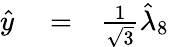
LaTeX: \begin{array}{rlr}{\hat{y}}&{{}=}&{\frac{1}{\sqrt{3}}\hat{\lambda}_{8}}\end{array}